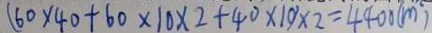
( 6 0 \times 4 0 + 6 0 \times 1 0 \times 2 + 4 0 \times 1 0 ) \times 2 = 4 4 0 0 ( m )